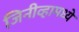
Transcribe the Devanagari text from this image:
जिनीव्हामध्ये